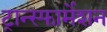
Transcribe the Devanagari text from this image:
ट्रान्स्फार्मेशन